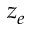
z _ { e }